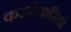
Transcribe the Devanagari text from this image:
करणेकरितां